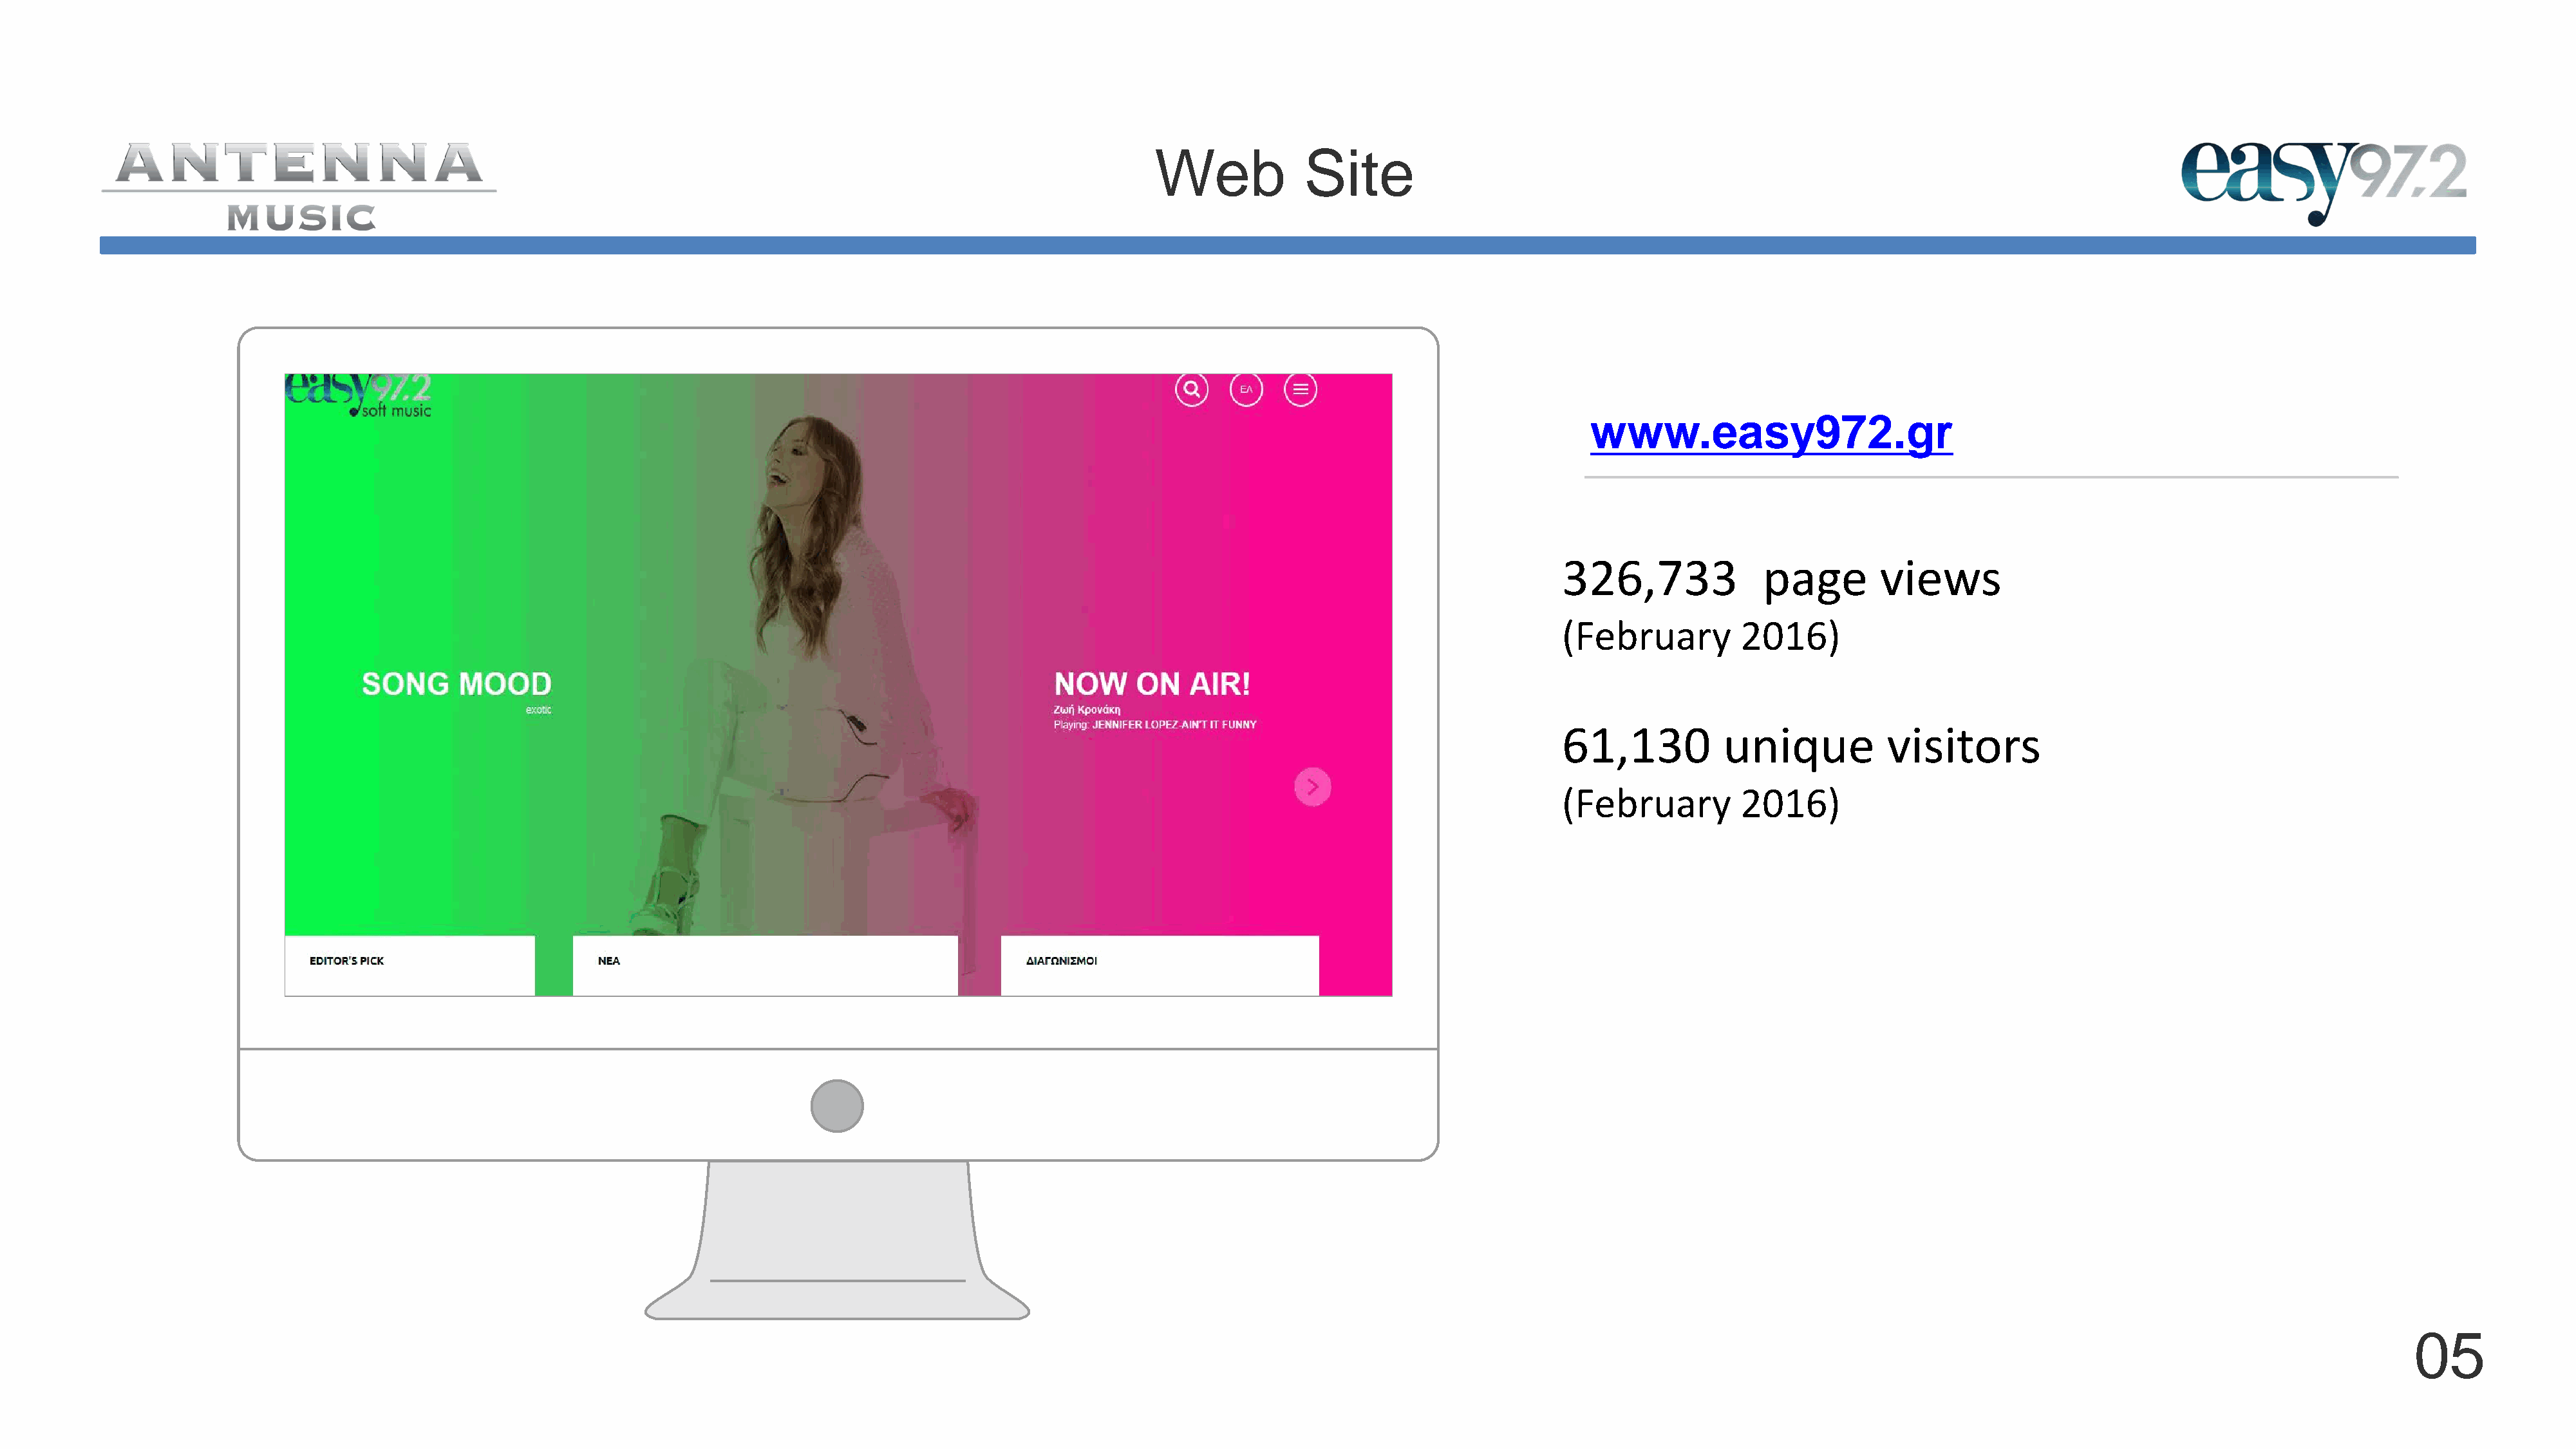
Web            Site
 www.easy972.gr
 326,733             page        views
 (February         2016)
 61,130          unique           visitors
 (February         2016)
 05